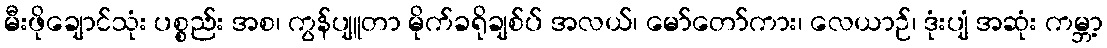
မီးဖိုချောင်သုံး ပစ္စည်း အစ၊ ကွန်ပျူတာ မိုက်ခရိုချစ်ပ် အလယ်၊ မော်တော်ကား၊ လေယာဉ်၊ ဒုံးပျံ အဆုံး ကမ္ဘာ့